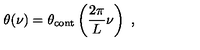
\theta ( \nu ) = \theta _ { \mathrm { c o n t } } \left( \frac { 2 \pi } { L } \nu \right) \ ,